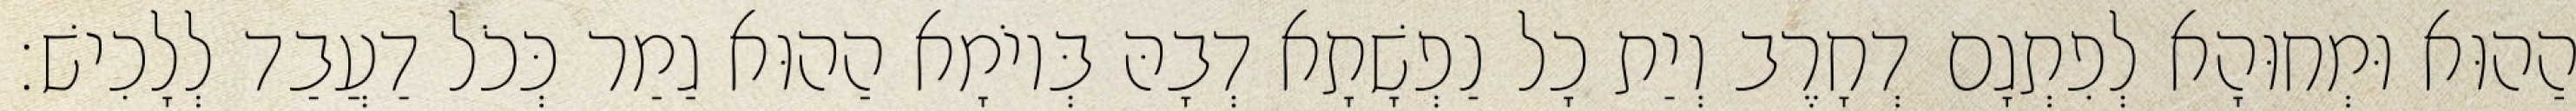
הַהוּא וּמְחוּהָא לְפִתְגָם דְחָרֶב וְיַת כָל נַפְשָׁתָא דְבָהּ בְּיוֹמָא הַהוּא גַמַר כְּכֹל דַעֲבַד לְלָכִישׁ׃